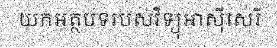
យកអត្ថបទរបស់វិទ្យុអាស៊ីសេរី